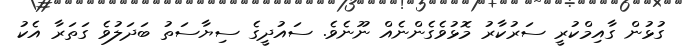
ގުޅުން ގާއިމްކުރީ ސަރުކާރު މޮޅުވެގެންނެއް ނޫނެވެ. ސައުދީގެ ސިޔާސަތު ބަދަލުވެ ގަތަރާ އެކު